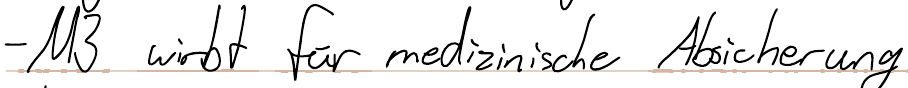
- M3 wirbt für medizinische Absicherung